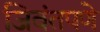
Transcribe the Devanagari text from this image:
जिवंतपणे